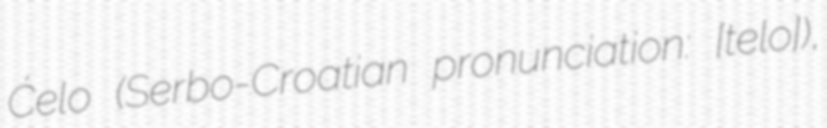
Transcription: Ćelo (Serbo-Croatian pronunciation: [tɕelo]),